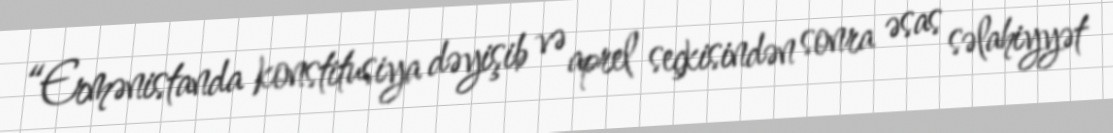
“Ermənistanda konstitusiya dəyişib və aprel seçkisindən sonra əsas səlahiyyət